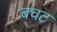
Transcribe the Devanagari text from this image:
बचट